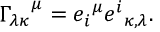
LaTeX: { \Gamma _ { \lambda \kappa } } ^ { \mu } = { e _ { i } } ^ { \mu } { e ^ { i } } _ { \kappa , \lambda } .